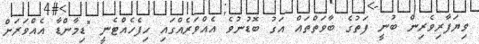
ވިޔަފާރިވެރިން ބުނީ ފަތުގެ ބާވަތްތައް އަގު ބޮޑުނުވެ އެއްވަރެއްގައި ހިފެހެއްޓެނީ "ޑިމާންޑާ އެއްވަރަށް